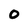
Character: 0